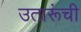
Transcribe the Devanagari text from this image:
उतारूंची